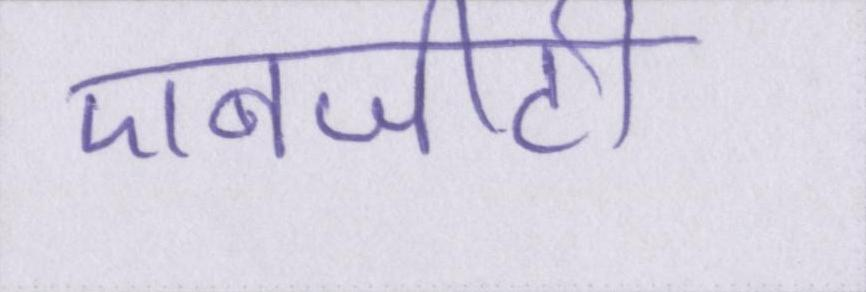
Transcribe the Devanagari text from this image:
एनजीटी